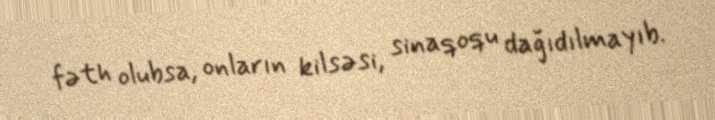
fəth olubsa, onların kilsəsi, sinaqoqu dağıdılmayıb.